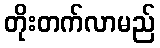
တိုးတက်လာမည်